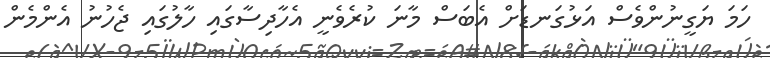
ހަމަ ޔަގީނުންވެސް އަޅުގަނޑަށް އެބަސް މާނަ ކުރެވެނީ އެހާދިސާގައި ހާލުގައި ޖެހުނު އެންމެން